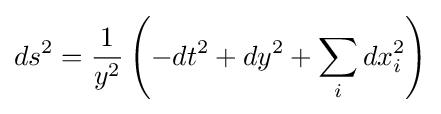
ds^{2}={\frac {1}{y^{2}}}\left(-dt^{2}+dy^{2}+\sum _{i}dx_{i}^{2}\right)